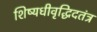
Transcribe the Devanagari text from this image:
शिष्यधीवृद्धिदतंत्र